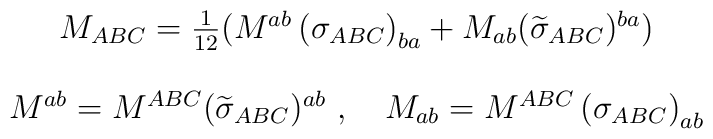
\begin{array}{c}M_{ABC}=\frac 1{12}(M^{ab}\left( \sigma _{ABC}\right) _{ba}+M_{ab}(\widetilde{\sigma }_{ABC})^{ba}) \\  \\M^{ab}=M^{ABC}(\widetilde{\sigma }_{ABC})^{ab}\ ,\quad M_{ab}=M^{ABC}\left(\sigma _{ABC}\right) _{ab}\end{array}